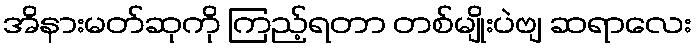
အိနားမတ်ဆုကို ကြည့်ရတာ တစ်မျိုးပဲဗျ ဆရာလေး